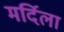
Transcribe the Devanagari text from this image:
मर्दिला